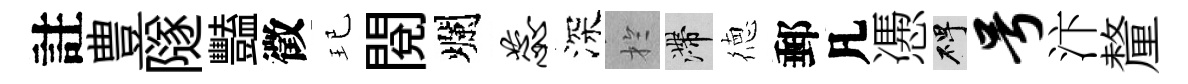
註豊隧豔徵玘閲爛蕊深扵滯徳郵凡慿碑号汴釐